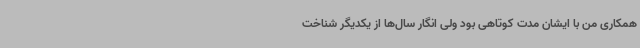
همکاری من با ایشان مدت کوتاهی بود ولی انگار سال‌ها از یکدیگر شناخت